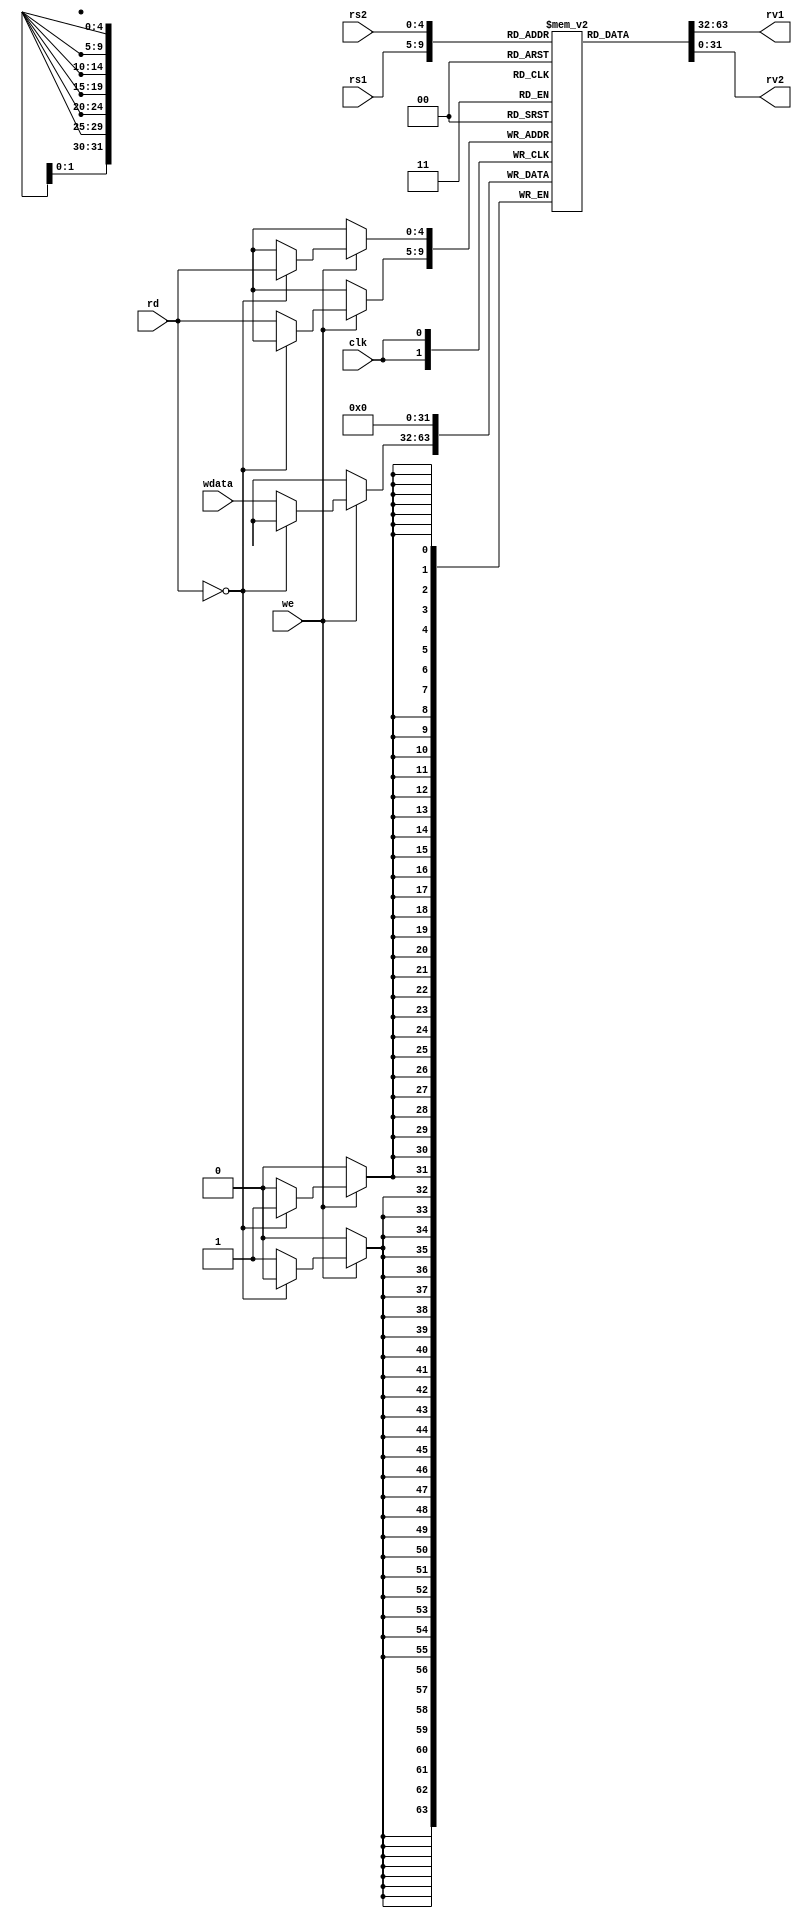
module regfile ( input [4:0] rs1,     // address of first operand to read - 5 bits
                 input [4:0] rs2,     // address of second operand
                 input [4:0] rd,      // address of value to write
                 input we,            // should write update occur
                 input [31:0] wdata,  // value to be written
                 output [31:0] rv1,   // First read value
                 output [31:0] rv2,   // Second read value
                 input clk            // Clock signal - all changes at clock posedge
               );

    // Desired function
    // rv1, rv2 are combinational outputs - they will update whenever rs1, rs2 change
    // on clock edge, if we=1, regfile entry for rd will be updated

    // 32, 32-bit internal registers
    reg [31:0] internalRegisters [0:31];
    reg [31:0] rv1_r, rv2_r;

    // initialising registers to 0
    integer i;
    initial begin
        for (i=0;i<32;i=i+1)
            internalRegisters[i] = 32'b0;
    end

    // synchronous write operations
    always @(posedge clk) begin
        if (we == 1'b1) begin
            if(rd == 5'd0)
                internalRegisters[rd] <= 32'd0;
            else
                internalRegisters[rd] <= wdata;
        end
    end

    // assigning outputs
    assign rv1 = internalRegisters[rs1];
    assign rv2 = internalRegisters[rs2];

endmodule